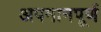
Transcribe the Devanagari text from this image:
अपमानपूर्ण